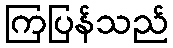
ကြပြန်သည်